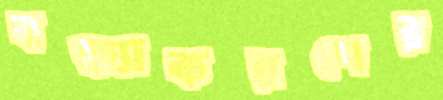
বন্ধ্যাকরণের